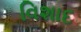
વિશાદ